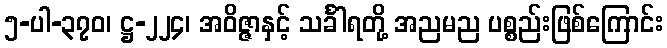
၅-ပါ-၃၇၀၊ ဋ္ဌ-၂၂၄၊ အဝိဇ္ဇာနှင့် သင်္ခါရတို့ အညမည ပစ္စည်းဖြစ်ကြောင်း